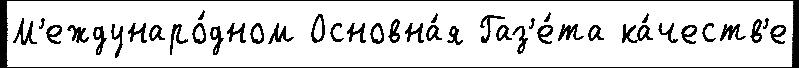
М'еждунаро́дном Основна́я Газ'е́та ка́честв'е